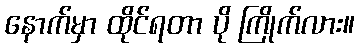
နောက်မှာ ထိုင်ရတာ ပို ကြိုက်လား။